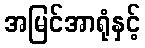
အမြင်အာရုံနှင့်